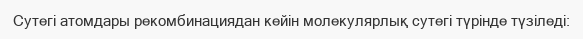
Сутегі атомдары рекомбинациядан кейін молекулярлық сутегі түрінде түзіледі: